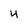
Character: 4